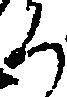
ろ